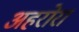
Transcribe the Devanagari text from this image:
अहरोरा